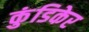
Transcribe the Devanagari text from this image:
कुंडिकेर